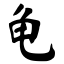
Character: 龟